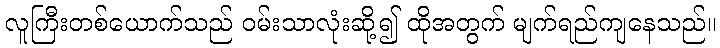
လူကြီးတစ်ယောက်သည် ဝမ်းသာလုံးဆို့၍ ထိုအတွက် မျက်ရည်ကျနေသည်။